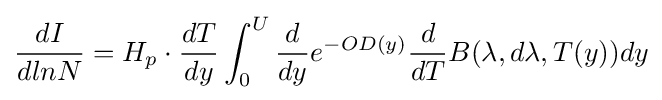
{\frac {dI}{dlnN}}=H_{p}\cdot {\frac {dT}{dy}}\int _{0}^{U}{\frac {d}{dy}}e^{-OD(y)}{\frac {d}{dT}}B(\lambda ,d\lambda ,T(y))dy